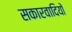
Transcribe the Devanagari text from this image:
सकारवादियों